Madras plague regulations and rules for district municipalities and other towns and villages
Disease focus: Plague
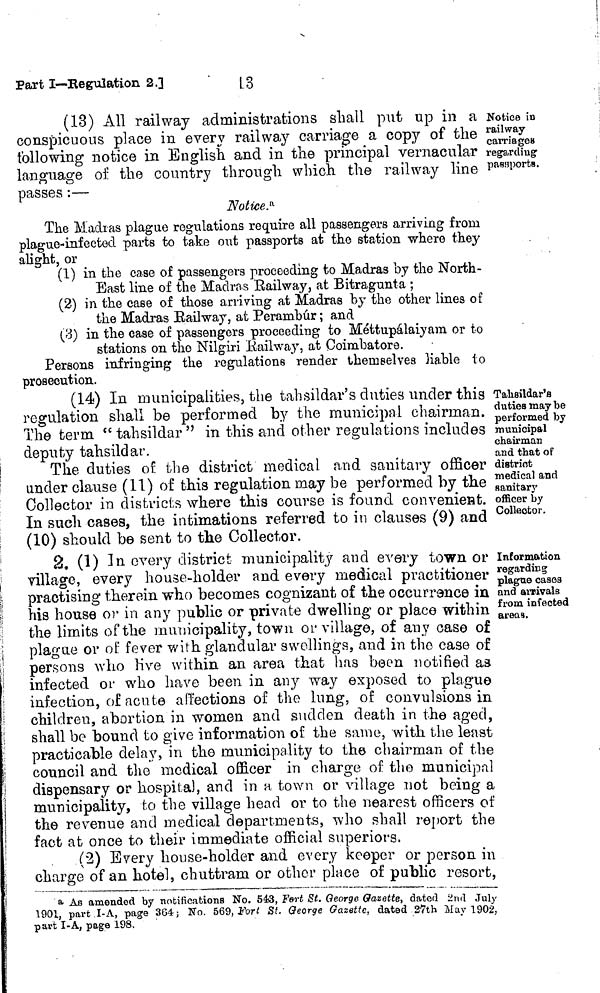
13
Part I—Regulation 2.]
Notice in
railway
carriages
regarding
passports.
(13) All railway administrations shall put up in a
conspicuous place in every railway carriage a copy of the
following notice in English and in the principal vernacular
language of the country through which the railway line
passes :—
Noticed
The Madias plague regulations require all passengers arriving from
plague-infected parts to take out passports at the station where they
alight, or
(1) in the case of passengers proceeding to Madras by the North-
East line of the Madras Railway, at Bitragunta ;
(2) in the case of those arriving at Madras hy the other lines of
the Madras railway, at Perambúr ; and
(3) in the case of passengers proceeding to Méttupálaiyam or to
stations on the Nilgiri Railway, at Coimbatore.
Persons infringing the regulations render themselves Kable to
prosecution.
Tasiildar's
duties may be
performed by
municipal
chairman
and that of
district
medical and
sanitary
officer by
Collector.
(14) In nmnicipalities, the tahsildar's duties under this
regulation shall be performed by the municipal chairman.
The term " tahsildar " in this and other regulations includes
deputy tahsildar.
The duties ofí the district medical and sanitary officer
under clause (11) of this regulation may be performed by the
Collector in districts where this course is found convenient.
In such cases, the intimations referred to in clauses (9) and
(10) should be sent to the Collector.
Information
regarding
plague cáses
and arrivals
from infected
areas.
2. (1) In every district municipality and every town or
village, every house-holder and every medical practitioner
practising therein who becomes cognizant of the occurrence in
Ids house or in any public or private dwelling or place within
the limits of the municipality, town or village, of any case of
plague or of fever with glandular swellings, and in tho case of
persons who live within an area that has been notified as
infected or who have been in any way exposed to plague
infection, of acute affections of the lung, of convulsions in
children, abortion in women and sudden death in the aged,
shall be bound to give information of the same, with the least
practicable delay, in the municipality to the chairman of the
council and the medical officer in charge of the municipal
dispensary or hospital, and in a town or village not being a
municipality, to the village head or to the nearest officers of
the revenue and medical departments, who shall report the
fact at once to their immediate official superiors.
(2) Every house-holder and every keeper or person in
charge of an hotel, chuttram or other place of public resort,
a As amended by notifications No. 543, Fort St. George Gazette, dated und July
1901, part I-A, page 364; No. 569, Fort St. George Gazette, dated 27th May 1902,
part I-A, page 198.